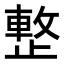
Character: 𣦔